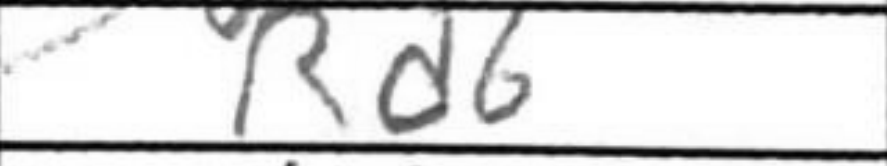
Transcription: Rd6